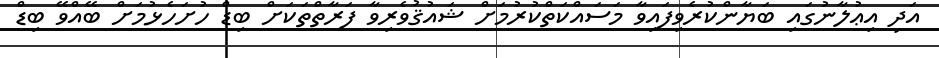
އަދި އިޢުލާނުގައި ބަޔާންކުރެވިފައިވާ މަސައްކަތްކުރުމަށް ޝައުޤުވެރިވާ ފަރާތްތަކަށް ބިޑް ހުށަހެޅުމަށް ބޭއްވޭ ބިޑް